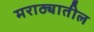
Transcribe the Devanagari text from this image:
मराठ्यातील